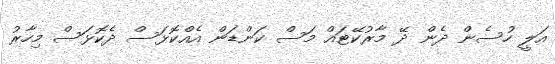
އަލީ ހުސެން ދެން ދޭ މާރުކޭޓައް މަސް ކަންޑަން އެއްކޮޅަސް ދެކޮޅަސް މިހާރު